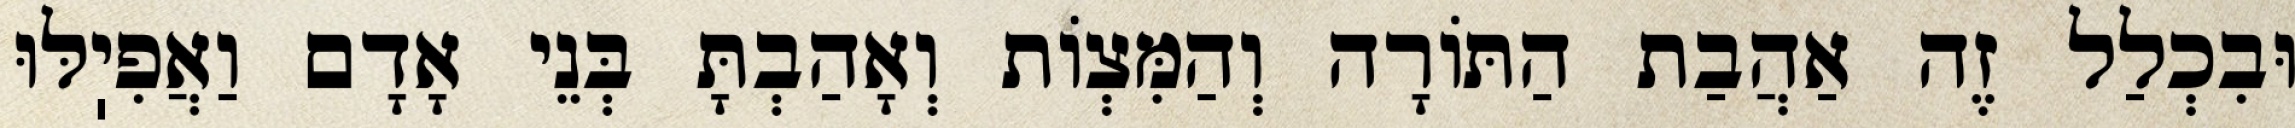
וּבִכְלַל זֶה אַהֲבַת הַתּוֹרָה וְהַמִּצְוֹת וְאָהַבְתָּ בְּנֵי אָדָם וַאֲפִיֽלּוּ